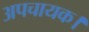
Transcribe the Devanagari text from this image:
अपचायक।